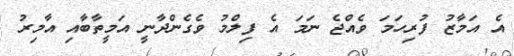
އެ އަމާޒު ފުރިހަމަ ވެއްޖެ ނަމަ އެ ފިލްމު ވެގެންދާނީ އަމީތާބާއި އާމިރު